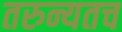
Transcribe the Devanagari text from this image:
तरुन्यतच